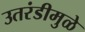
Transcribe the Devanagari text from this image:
उतरंडीमुळे